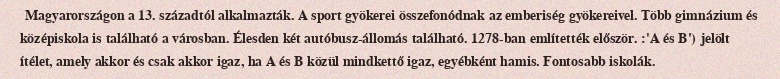
Magyarországon a 13. századtól alkalmazták. A sport gyökerei összefonódnak az emberiség gyökereivel. Több gimnázium és középiskola is található a városban. Élesden két autóbusz-állomás található. 1278-ban említették először. :'A és B') jelölt ítélet, amely akkor és csak akkor igaz, ha A és B közül mindkettő igaz, egyébként hamis. Fontosabb iskolák.